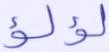
لؤلؤ